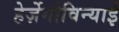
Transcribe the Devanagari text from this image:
हेर्ज़ेगोविन्याई